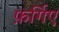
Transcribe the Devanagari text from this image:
फ़र्गिए